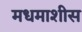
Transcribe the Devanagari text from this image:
मधमाशीस